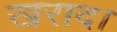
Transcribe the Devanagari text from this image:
खराद।